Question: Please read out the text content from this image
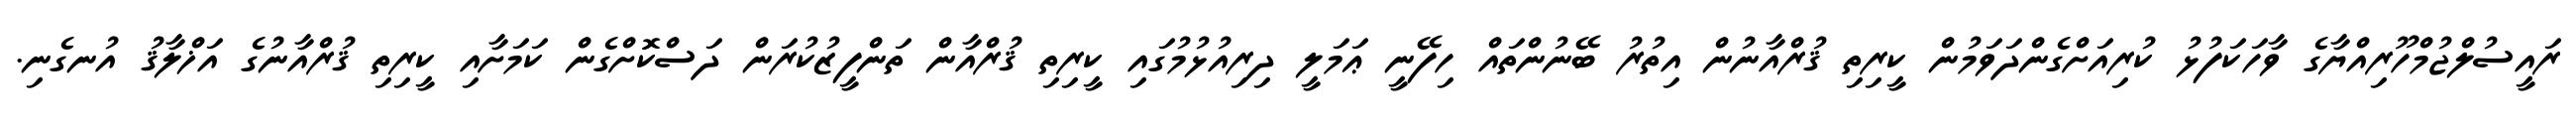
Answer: ރައީސުލްޖުމްހޫރިއްޔާގެ ވާހަކަފުޅު ކުރިއަށްގެންދަވަމުން ކީރިތި ޤުރްއާނުން އިތުރު ބޭނުންތައް ހިފޭނީ ޢަމަލީ ދިރިއުޅުމުގައި ކީރިތި ޤުރްއާން ތަންފީޒުކުރަން ދަސްކޮށްގެން ކަމަށާއި ކީރިތި ޤުރްއާނުގެ އަޚްލާޤު އުނގެނި.